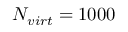
N _ { v i r t } = 1 0 0 0